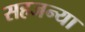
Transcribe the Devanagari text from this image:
सहजन्या